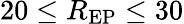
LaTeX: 20\leq R_{\mathrm{EP}}\leq 30